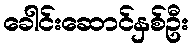
ခေါင်းဆောင်နှစ်ဦး